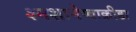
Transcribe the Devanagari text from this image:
श्मशानेष्वाक्रीडा